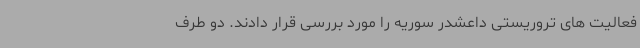
فعالیت های تروریستی داعشدر سوریه را مورد بررسی قرار دادند. دو طرف